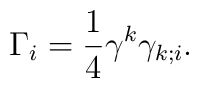
\Gamma_i = \frac{1}{4}\gamma^k\gamma_{k;i}.